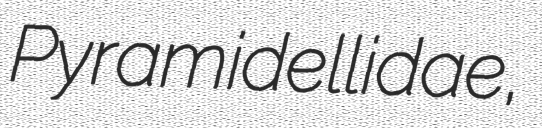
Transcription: Pyramidellidae,